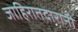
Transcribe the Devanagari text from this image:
जाहिरातदारानी